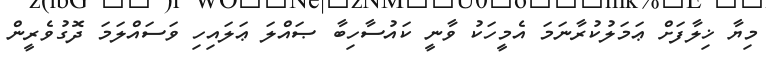
މިޔާ ޚިލާފަށް ޢަމަލުކުރާނަމަ އެމީހަކު ވާނީ ކައުސާހިބާ ޞައްލަ ޢަލައިހި ވަސައްލަމަ ދޮގުވެރީން